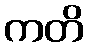
ကတိ